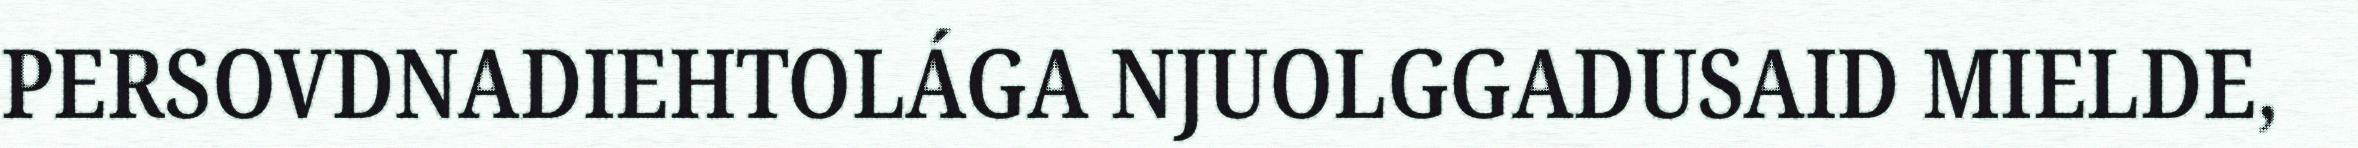
PERSOVDNADIEHTOLÁGA NJUOLGGADUSAID MIELDE,